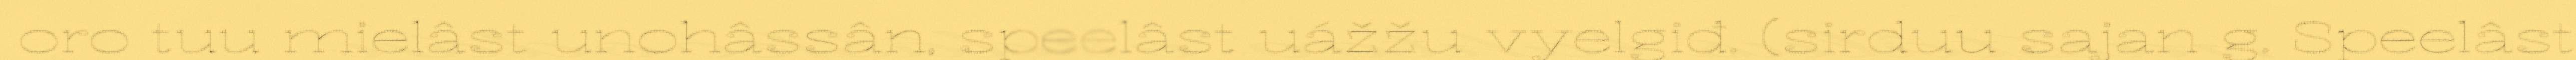
oro tuu mielâst unohâssân, speelâst uážžu vyelgiđ. (sirduu sajan g. Speelâst